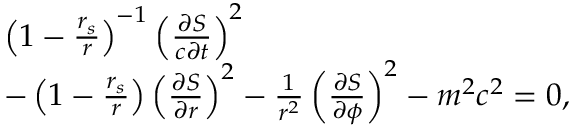
\begin{array} { l } { \left( 1 - \frac { r _ { s } } { r } \right) ^ { - 1 } \left( \frac { \partial S } { c \partial t } \right) ^ { 2 } } \\ { - \left( 1 - \frac { r _ { s } } { r } \right) \left( \frac { \partial S } { \partial r } \right) ^ { 2 } - \frac { 1 } { r ^ { 2 } } \left( \frac { \partial S } { \partial \phi } \right) ^ { 2 } - m ^ { 2 } c ^ { 2 } = 0 , } \end{array}